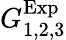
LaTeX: G_{1,2,3}^{\mathrm{Exp}}